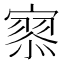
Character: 𡪹